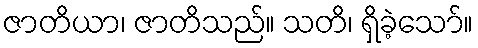
ဇာတိယာ၊ ဇာတိသည်။ သတိ၊ ရှိခဲ့သော်။